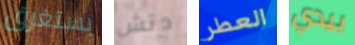
يستغرق دتش العطر بيدي